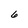
Character: 6